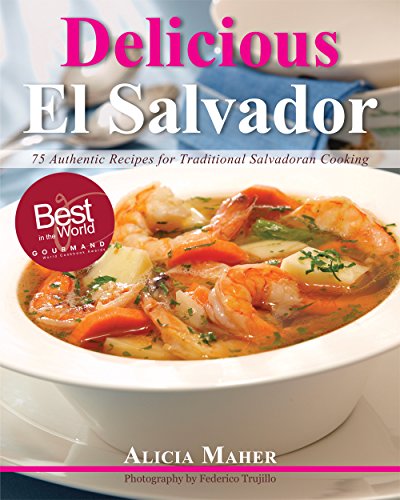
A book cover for Delicious El Salvador: 75 Authentic Recipes for Traditional Salvadoran Cooking; Alicia Maher; Cookbooks, Food & Wine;